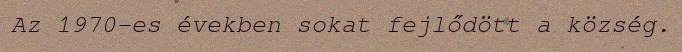
Az 1970-es években sokat fejlődött a község.